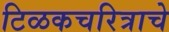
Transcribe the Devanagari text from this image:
टिळकचरित्राचे